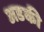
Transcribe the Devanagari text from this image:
अडकी